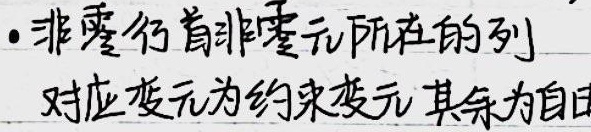
· 非零行首非零元所在的列对应变元为约束变元 其余为自由